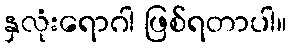
နှလုံးရောဂါ ဖြစ်ရတာပါ။